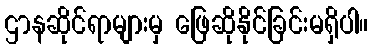
ဌာနဆိုင်ရာများမှ ဖြေဆိုနိုင်ခြင်းမရှိပါ။